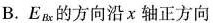
B.E_{Bx}的方向沿x轴正方向